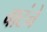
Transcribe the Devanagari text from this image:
बाटंने